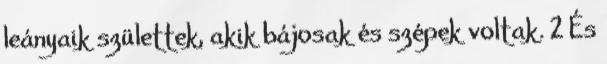
leányaik születtek, akik bájosak és szépek voltak. 2 És